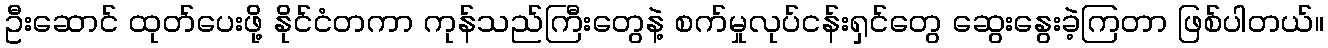
ဦးဆောင် ထုတ်ပေးဖို့ နိုင်ငံတကာ ကုန်သည်ကြီးတွေနဲ့ စက်မှုလုပ်ငန်းရှင်တွေ ဆွေးနွေးခဲ့ကြတာ ဖြစ်ပါတယ်။